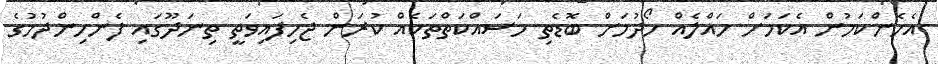
އެހެންކަމުން އެކަމަށް ހައްލެއް ހޯދުމަށް ބޮޑެތި މަސައްކަތްތަކެއް ކުރަން ޖެހިފައިވަތީ ތިނަދޫގައި ފެންހިންދުމުގެ